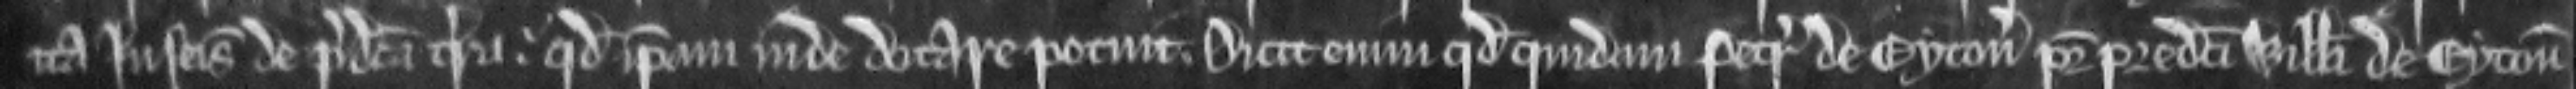
ita in seisina de predicta terra. quod ipsam inde dotare potuit. Dicunt enim quod quidam Petrus de Eyton pater predicti Willelmi de Eyton